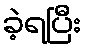
ခဲ့ရပြီး